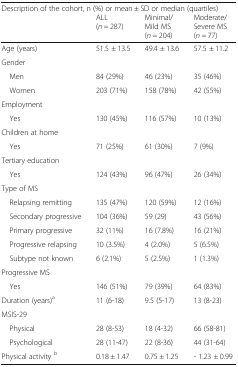
| <COLSPAN=4> Description of the cohort, n (%) or mean ± SD or median (quartiles) |
 |  | ALL(n = 287) | Minimal/Mild MS(n = 204) | Moderate/Severe MS(n = 77) |
 | --- | --- | --- | --- |
 | Age (years) | 51.5 ± 13.5 | 49.4 ± 13.6 | 57.5 ± 11.2 |
 | <COLSPAN=4> Gender |
 | Men | 84 (29%) | 46 (23%) | 35 (46%) |
 | Women | 203 (71%) | 158 (78%) | 42 (55%) |
 | <COLSPAN=4> Employment |
 | Yes | 130 (45%) | 116 (57%) | 10 (13%) |
 | <COLSPAN=4> Children at home |
 | Yes | 71 (25%) | 61 (30%) | 7 (9%) |
 | <COLSPAN=4> Tertiary education |
 | Yes | 124 (43%) | 96 (47%) | 26 (34%) |
 | <COLSPAN=4> Type of MS |
 | Relapsing remitting | 135 (47%) | 120 (59%) | 12 (16%) |
 | Secondary progressive | 104 (36%) | 59 (29) | 43 (56%) |
 | Primary progressive | 32 (11%) | 16 (7.8%) | 16 (21%) |
 | Progressive relapsing | 10 (3.5%) | 4 (2.0%) | 5 (6.5%) |
 | Subtype not known | 6 (2.1%) | 5 (2.5%) | 1 (1.3%) |
 | <COLSPAN=4> Progressive MS |
 | Yes | 146 (51%) | 79 (39%) | 64 (83%) |
 | Duration (years)a | 11 (6-18) | 9.5 (5-17) | 13 (8-23) |
 | <COLSPAN=4> MSIS-29 |
 | Physical | 28 (8-53) | 18 (4-32) | 66 (58-81) |
 | Psychological | 28 (11-47) | 22 (8-36) | 44 (31-64) |
 | Physical activity b | 0.18 ± 1.47 | 0.75 ± 1.25 | - 1.23 ± 0.99 |